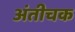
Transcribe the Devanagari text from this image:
अंतीचक